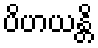
ပိဟယန္တိ